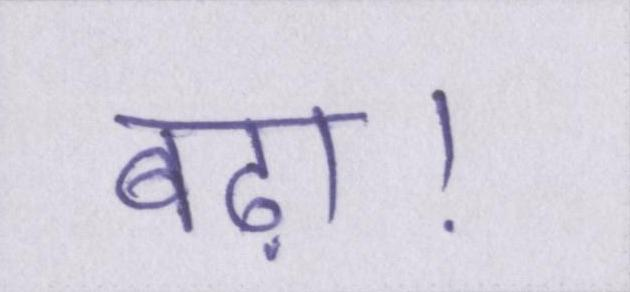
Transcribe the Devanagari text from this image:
बढ़ा।